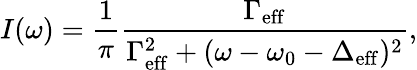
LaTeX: I(\omega)=\frac{1}{\pi}\frac{\Gamma_{\mathrm{eff}}}{\Gamma_{\mathrm{eff}}^{2}+(\omega-\omega_{0}-\Delta_{\mathrm{eff}})^{2}},